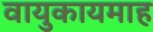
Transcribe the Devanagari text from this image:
वायुकायमाह